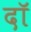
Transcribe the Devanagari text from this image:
दॉ